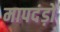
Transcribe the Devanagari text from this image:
मापदंड़ों